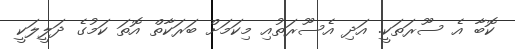
ކޮބާ އެ ސޫރަތަކީ. އަދި އެސޫރަތުއި މިކަމަށް ބަރަކާތް އޮތަ ކަމުގެ ދަލީލަކީ